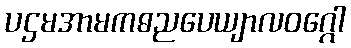
ပဌမအာမကဓညပေယျာလဝဂ္ဂေါ